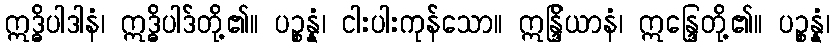
ဣဒ္ဓိပါဒါနံ၊ ဣဒ္ဓိပါဒ်တို့၏။ ပဉ္စန္နံ၊ ငါးပါးကုန်သော။ ဣန္ဒြိယာနံ၊ ဣန္ဒြေတို့၏။ ပဉ္စန္နံ၊